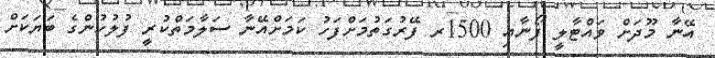
އޭނާ މޫދަށް ވައްޓާލީ ފޯނާއި 1500ރ ފޭރުގަތުމަށްފަހު ކަމަށްއޭނާ ސަލާމަތްކުރީ ފުލުހުންގެ ބަޔަކަށް